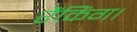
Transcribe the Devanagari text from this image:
रैंकिंग।